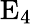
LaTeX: \mathrm{E_{4}}